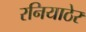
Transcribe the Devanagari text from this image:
रनियाठेर